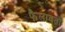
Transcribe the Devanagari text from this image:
फैलावतो